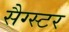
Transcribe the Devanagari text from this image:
सैग्स्टर